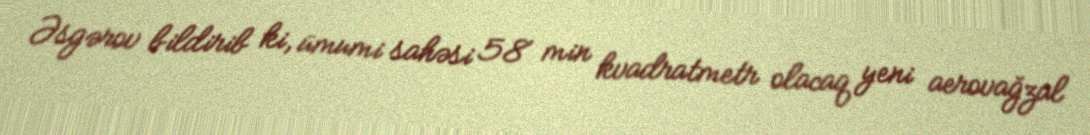
Əsgərov bildirib ki, ümumi sahəsi 58 min kvadratmetr olacaq yeni aerovağzal